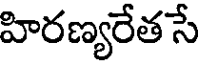
హిరణ్యరేత సే